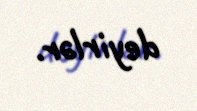
deyirlər.